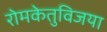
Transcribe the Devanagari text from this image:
रोमकेतुविजया